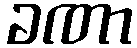
ခဏာ